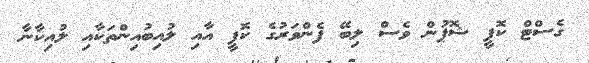
ގެސްޓް ކޮފީ ޝޮޕުން ވެސް ލިބޭ ފެންވަރުގެ ކޮފީ އާއި ލުއިބުއިންތަކާއި ލުއިކާނާ